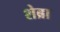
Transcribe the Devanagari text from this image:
शेब्रा